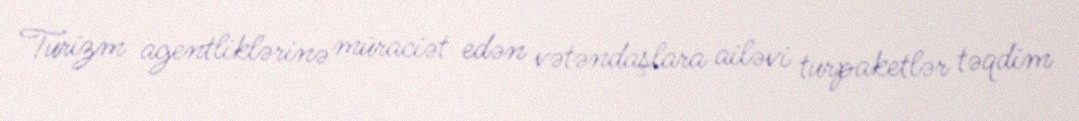
Turizm agentliklərinə müraciət edən vətəndaşlara ailəvi turpaketlər təqdim